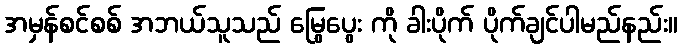
အမှန်စင်စစ် အဘယ်သူသည် မြွေပွေး ကို ခါးပိုက် ပိုက်ချင်ပါမည်နည်း။